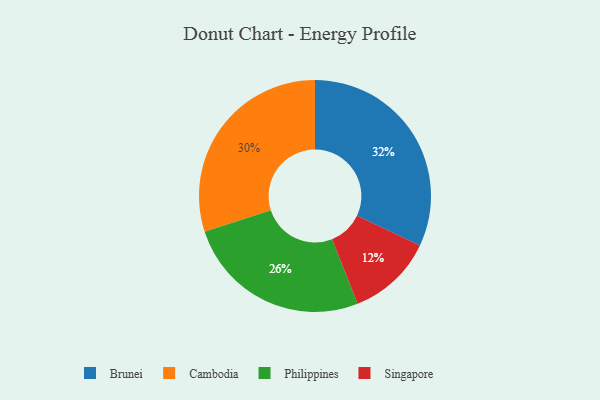
{"axis": {"x": "Category", "y": "Percentage"}, "legend": ["Brunei", "Cambodia", "Philippines", "Singapore"], "data": [{"x": "Singapore", "y": 12, "type": "Singapore"}, {"x": "Cambodia", "y": 30, "type": "Cambodia"}, {"x": "Brunei", "y": 32, "type": "Brunei"}, {"x": "Philippines", "y": 26, "type": "Philippines"}]}